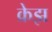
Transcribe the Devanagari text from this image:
क्रेझ